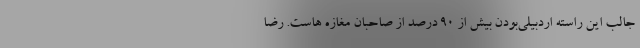
جالب این راسته اردبیلی‌بودن بیش از ۹۰ درصد از صاحبان مغازه هاست. رضا